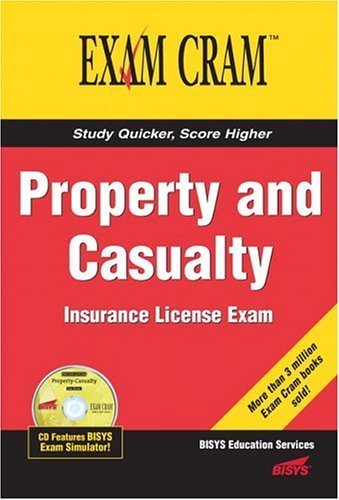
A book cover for Property and Casualty Insurance License Exam Cram [Paperback]; Bisys Educational Services; Business & Money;